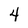
Character: 4